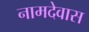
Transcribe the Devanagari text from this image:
नामदेवास